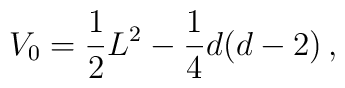
V_0=\frac{1}{2} L^2- \frac{1}{4} d(d-2)\, ,